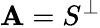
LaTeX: \mathbf{A}=S^{\perp}